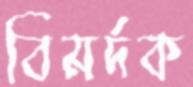
বিমর্দক